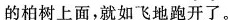
的柏树上面，就如飞地跑开了。